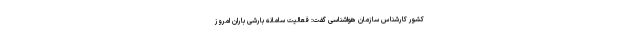
کشور کارشناس سازمان هواشناسی گفت: فعالیت سامانه بارشی باران امروز